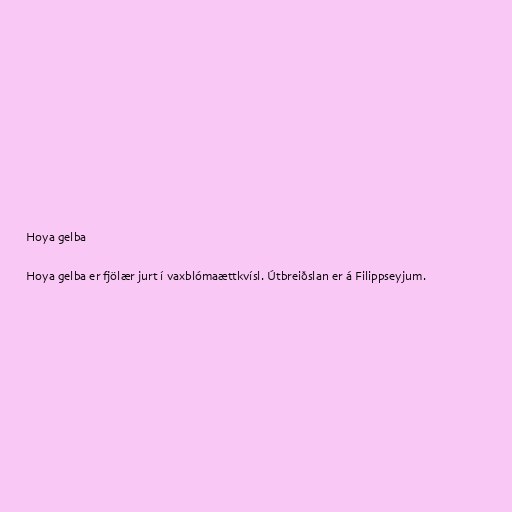
Hoya gelba

Hoya gelba er fjölær jurt í vaxblómaættkvísl. Útbreiðslan er á Filippseyjum.